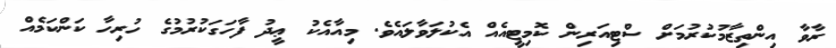
ރާވާ އިންތިޒާމުކުރުމަށް ސްޓިއަރިން ކޮމިޓީއެއް އެކުލަވާލައެވެ. މިއާއެކު ޢީދު ފާހަގަކުރުމުގެ ހުރިހާ ކަންކަމެއް